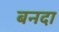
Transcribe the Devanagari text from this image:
बनदा